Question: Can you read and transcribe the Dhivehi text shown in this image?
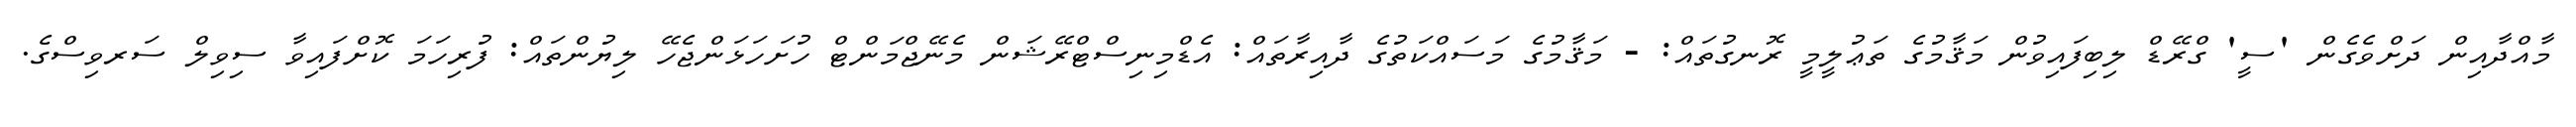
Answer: މާއްދާއިން ދަށްވެގެން 'ސީ' ގްރޭޑް ލިބިފައިވުން މަޤާމުގެ ތަޢުލީމީ ރޮނގުތައް: - މަޤާމުގެ މަސައްކަތުގެ ދާއިރާތައް: އެޑްމިނިސްޓްރޭޝަން މެނޭޖްމަންޓް ހުށަހަޅަންޖެހޭ ލިޔުންތައް: ފުރިހަމަ ކޮށްފައިވާ ސިވިލް ސަރވިސްގެ.